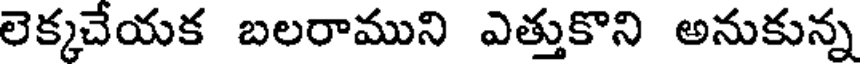
లెక్కచేయక బలరాముని ఎత్తుకొని అనుకున్న